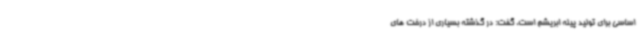
اساسی برای تولید پیله ابریشم است، گفت: در گذشته بسیاری از درخت های